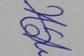
Signature authenticity: genuine